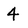
Character: 4